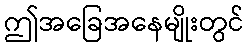
ဤအခြေအနေမျိုးတွင်